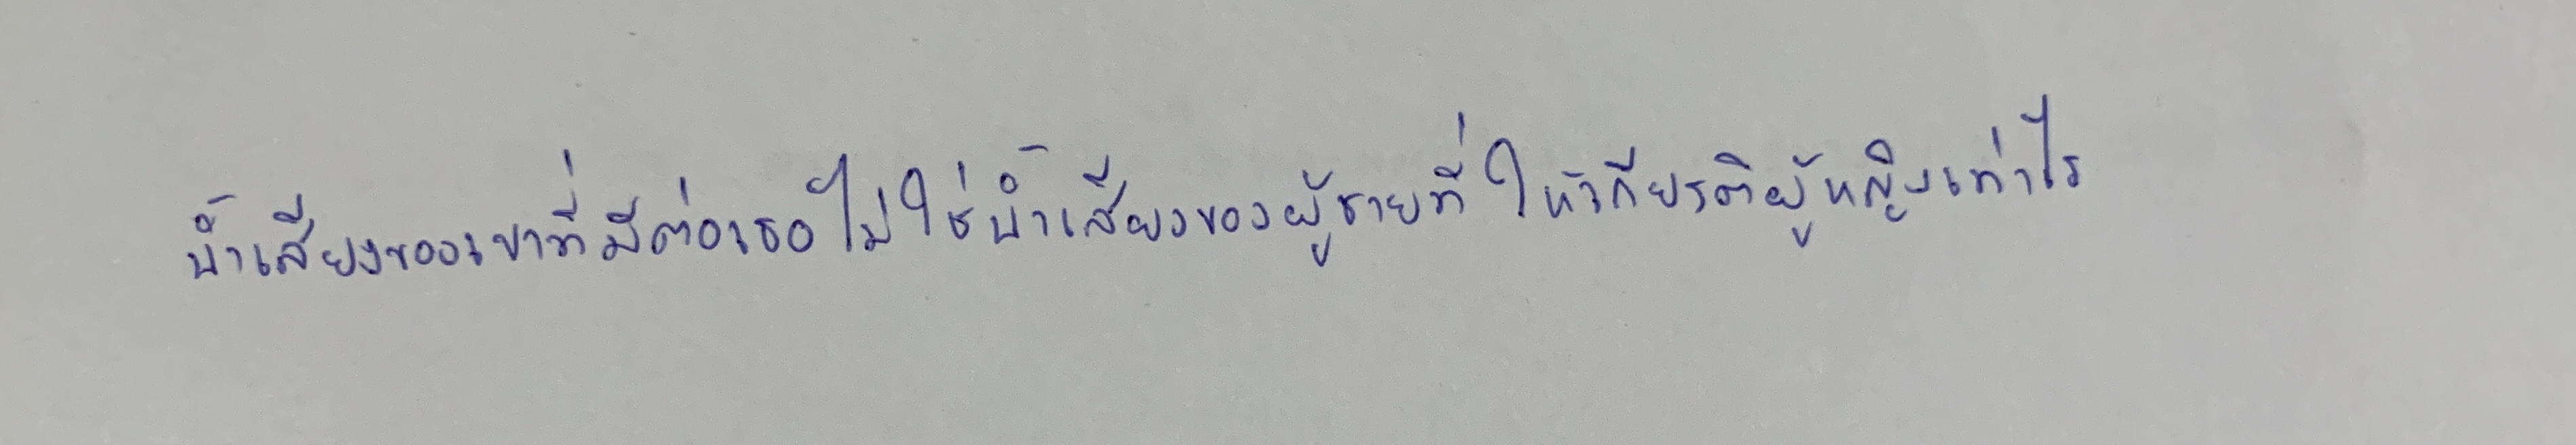
น้ำเสียงของเขาที่มีต่อเธอไม่ใช่น้ำเสียงของผู้ชายที่ให้เกียรติผู้หญิงเท่าไร